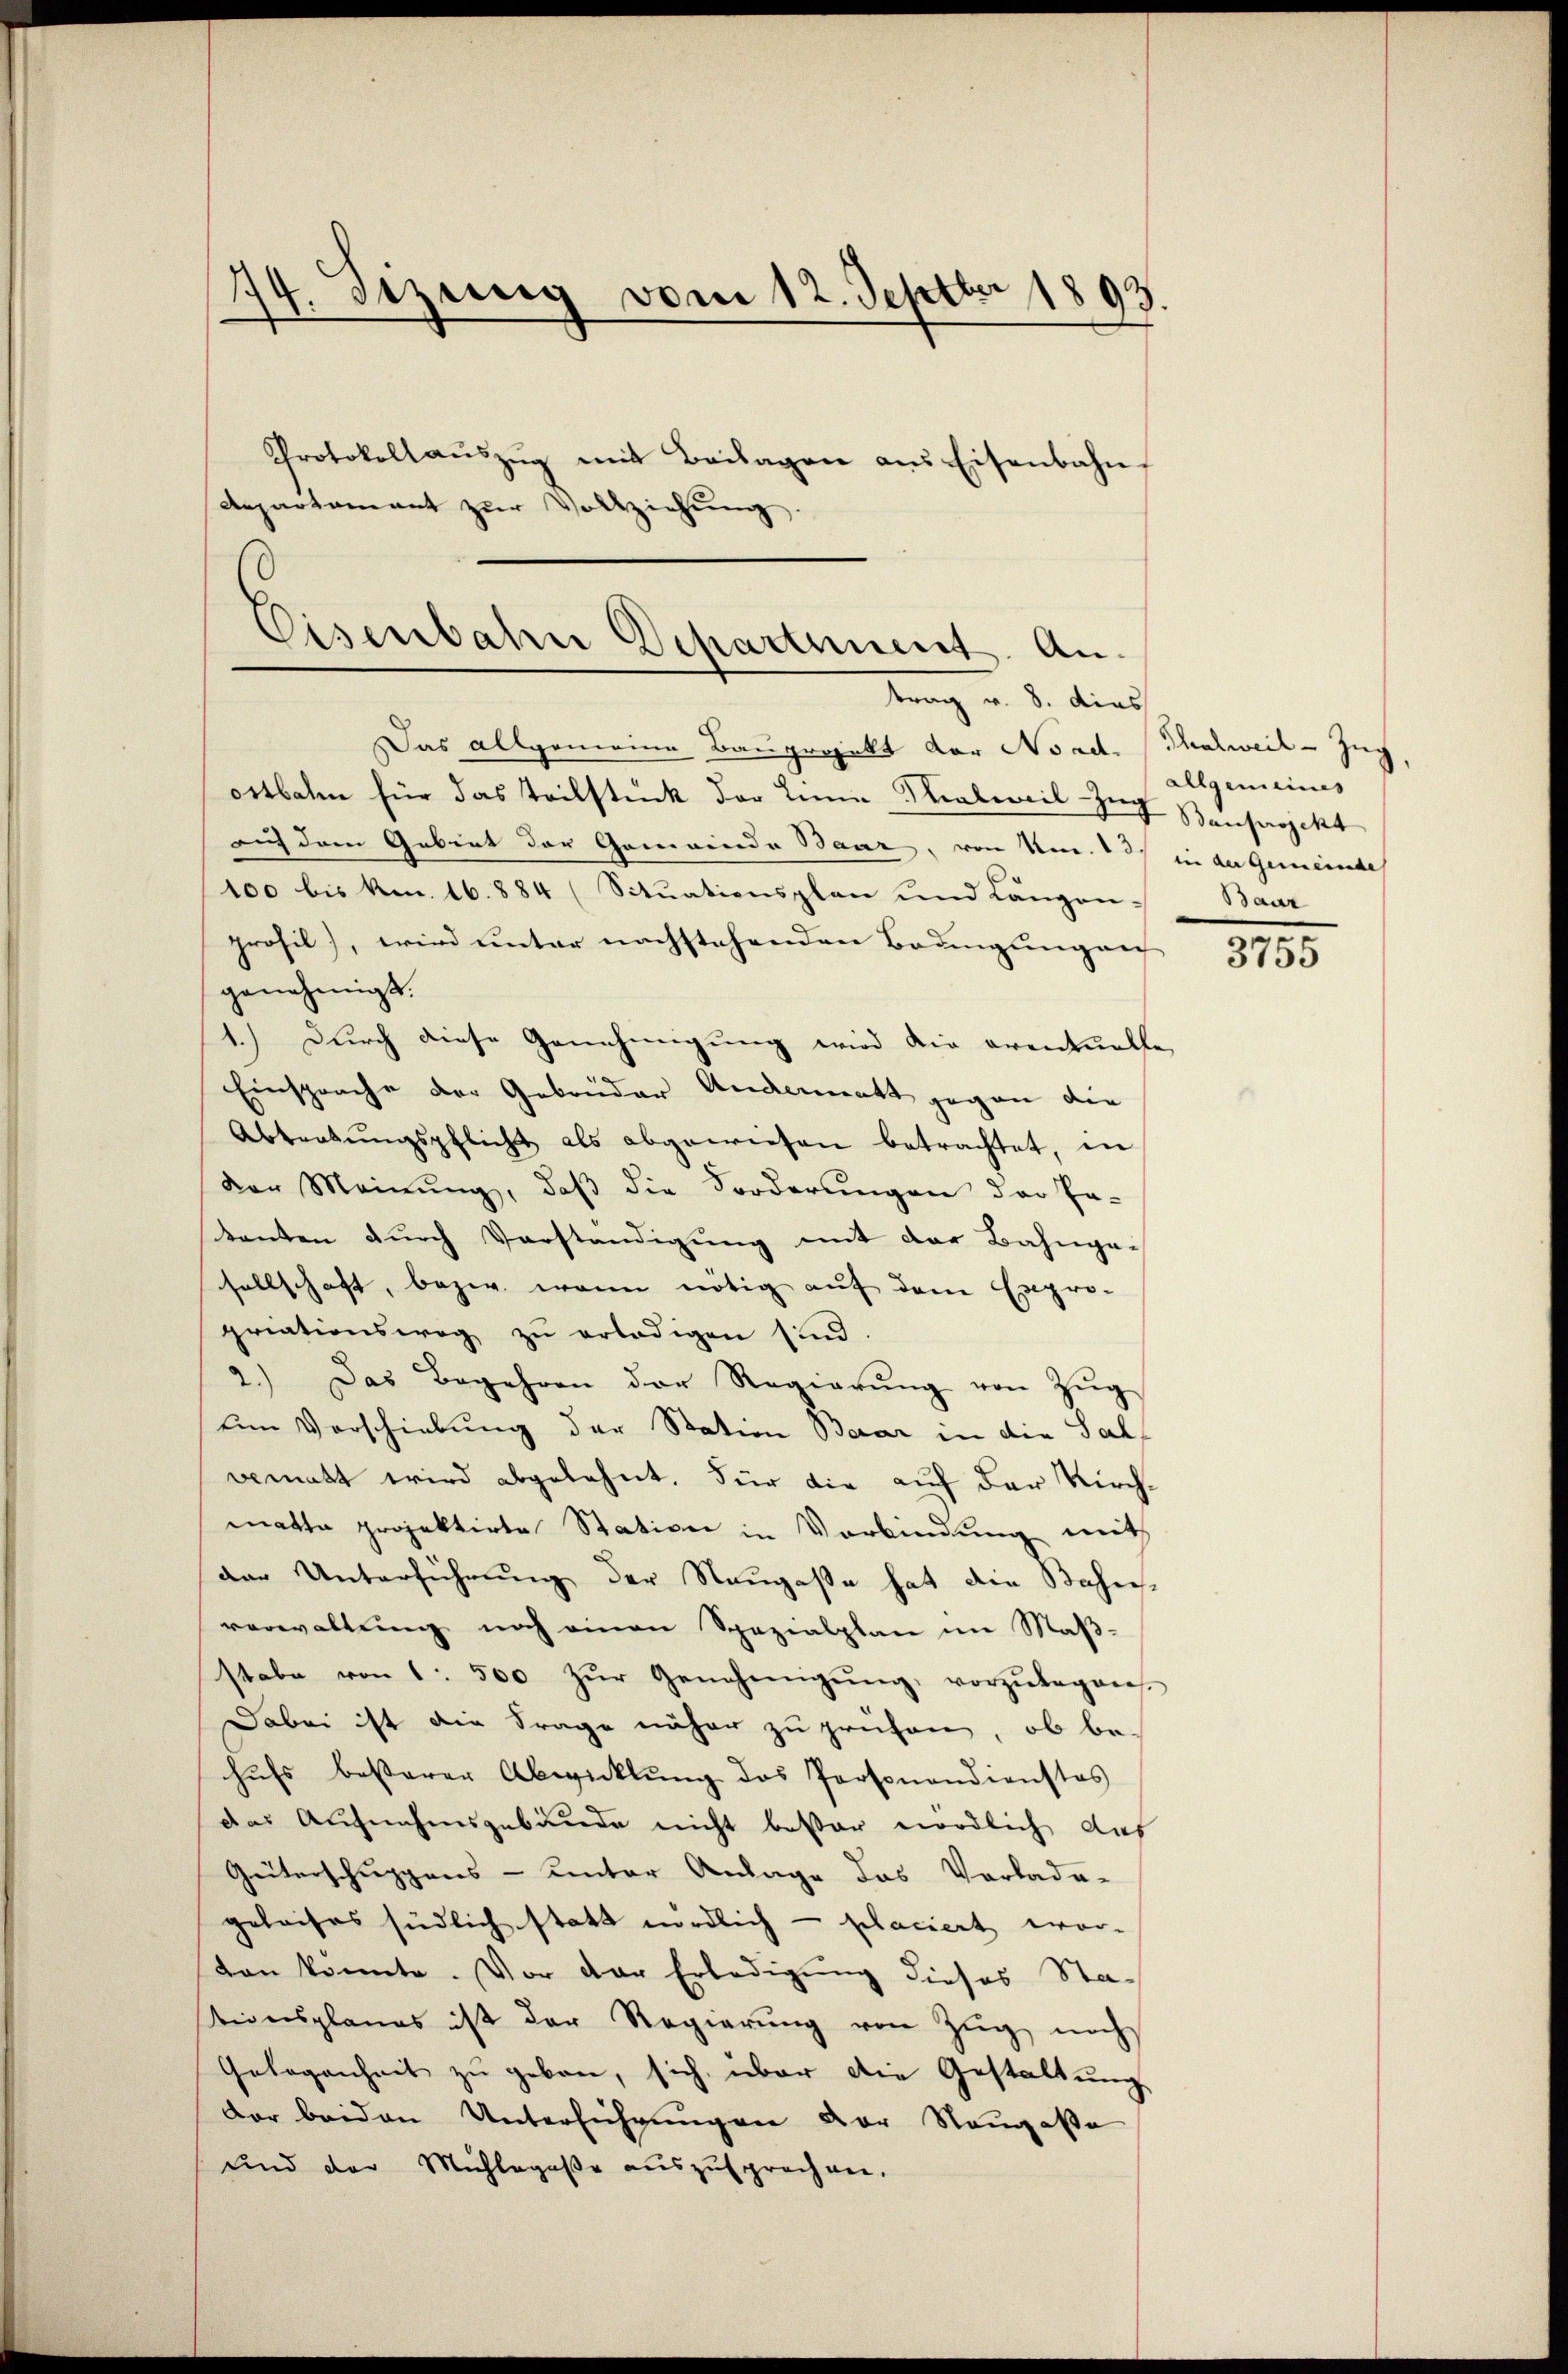
174. Dezung vom 12. Septbr 1893.
Protokollaŭszŭg mit Beilagen aus Eisenbahn
Aepartamant zŭr Vollziehung.
Eisenbahn Departement. An-

trag v. 8. dies

Das allgemeine Bauprojekt der Nord. (Thalweil - Zuch
ostbahn für das Teilstück der Lina Knabeweil-Zug Bauprojekt
auf dem Gebiet der Gemeinde Baar, von Nr. 3 in der Gemeinde
100 bis kn. 16. 884 (Situationsplan und Längen - Baur
prosil), wird unter nachstehenden Bedingungen
genehmigt.
1.) Durch diese Genehmigung wird die eventuelle
Einsprache der Gebrüder Anderent gegen die
Abtretŭngspflicht als abgewiesen betrachtet, in
der Meinung, daß die Forderungen der Pa-
tenten durch Vorständigung mit der Bahnge-
sellschaft, bezw. wenn nötig auf dem Expro-
priationsweg zŭ erledigen sind.
2.) Das Begehren der Regierung von Zug
um Vorschiebung der Station Baar in die Salgematt wird abgelehnt. Für die auf der Kirchmatta projektirte Station in Verbindung mith
der Unterführung der Neugaße hat die Bahnverwaltung noch einen Spezialplan im Maßstabe von 1 500 zŭr Genehmigŭng, vorzŭlegens.
Dabei ist die Frage näher zu prüfen, ob be-
hufs besserer Abwicklung des Personandienstes
das Aufnahmsgebäude nicht besser nördlich das
Güterschuppens- unter Anlage das Vorlade-
geleises südlich statt nördlich - placiert wor-
don könnte. Vor der Erledigung dieses Stationsplanes ist der Regierung von Zug, noch
Gelegenheit zu geben, sich über die Gestaltung
dar beiden Unterführungen der Neugaße
und der Mühlegaße auszusprochen.

allgemeines

3755